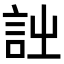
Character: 𧥳